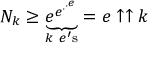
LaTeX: N _ { k } \geq \underbrace { e ^ { e ^ { \cdot ^ { \cdot ^ { e } } } } } _ { k \ e ^ { \prime } { \mathrm { s } } } = e \uparrow \uparrow k